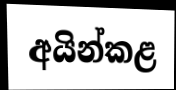
අයින්කළ